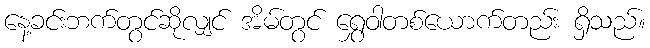
နေ့ခင်းဘက်တွင်ဆိုလျှင် အိမ်တွင် ရွှေဝါတစ်ယောက်တည်း ရှိသည်။